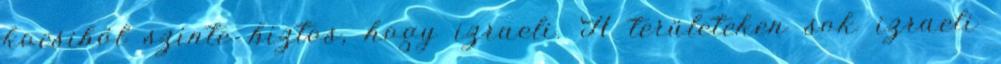
kocsiból szinte biztos, hogy izraeli. A területeken sok izraeli